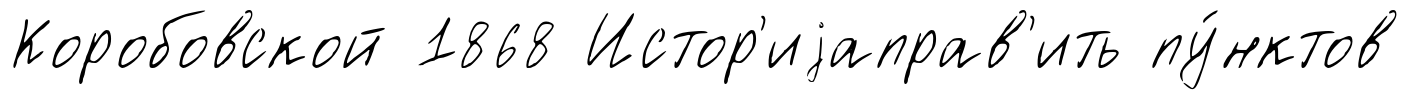
Коробовской 1868 Истор'иjаправ'ить пу́нктов